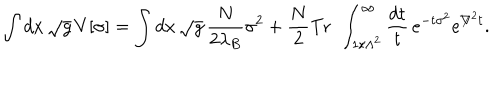
\int d x \, \sqrt { g } \, V [ \sigma ] = \int d x \, \sqrt { g } \, \frac { N } { 2 \lambda _ { B } } \sigma ^ { 2 } + \frac { N } { 2 } \mathrm { T r ~ } \, \int _ { 1 / \Lambda ^ { 2 } } ^ { \infty } \frac { d t } { t } \, e ^ { - t \sigma ^ { 2 } } e ^ { \not \nabla ^ { 2 } t } .